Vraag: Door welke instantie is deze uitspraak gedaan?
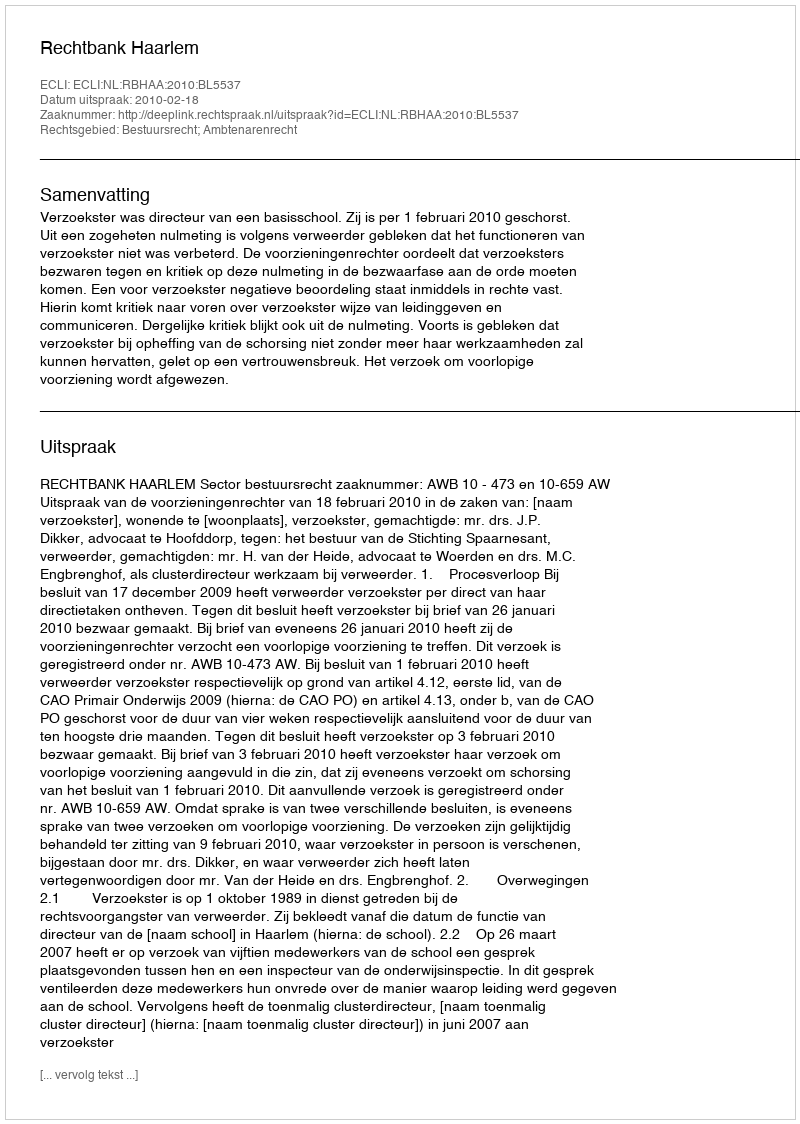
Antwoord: Rechtbank Haarlem